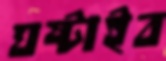
ঘষ্‌টাইব